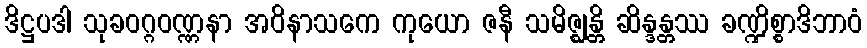
ဒိဋ္ဌပဒါ သုခဝဂ္ဂဝဏ္ဏနာ အဝိနာသကေ ကုယော ဇနီ သမိဇ္ဈန္တိ ဆိန္ဒန္တဿ ခဏ္ဍိစ္စာဒိဘာဝံ